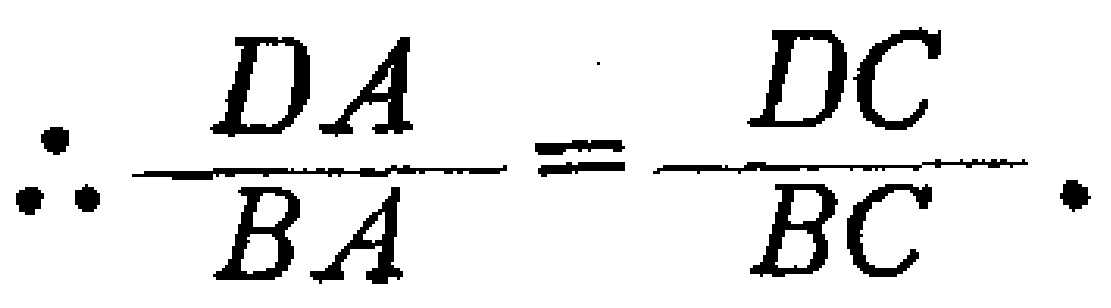
\(\therefore \frac{DA}{BA}=\frac{DC}{BC}.\)